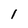
Character: 1